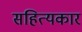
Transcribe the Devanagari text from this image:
सहित्यकार